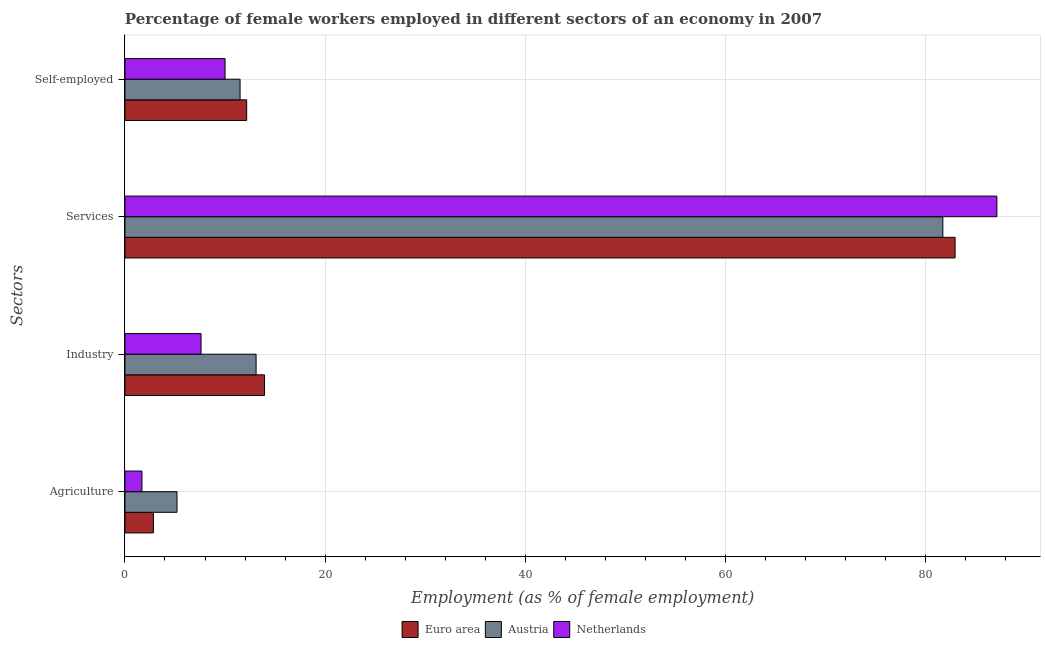
| Sectors | Euro area | Austria | Netherlands |
 | --- | --- | --- | --- |
 | Agriculture | 2.84 | 5.2 | 1.7 |
 | Industry | 13.9 | 13.1 | 7.6 |
 | Services | 82.9 | 81.7 | 87.1 |
 | Self-employed | 12.2 | 11.5 | 10 |